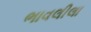
ભાવલીલા